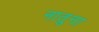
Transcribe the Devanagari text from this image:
नातुना